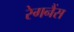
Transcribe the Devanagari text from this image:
रेगनैंस